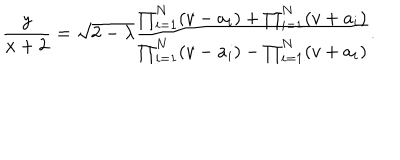
LaTeX: \frac { y } { x + 2 } = \sqrt { 2 - \lambda } \frac { \prod _ { i = 1 } ^ { N } ( v - a _ { i } ) + \prod _ { i = 1 } ^ { N } ( v + a _ { i } ) } { \prod _ { i = 1 } ^ { N } ( v - a _ { i } ) - \prod _ { i = 1 } ^ { N } ( v + a _ { i } ) } .